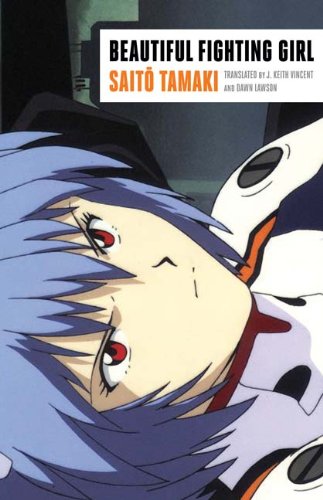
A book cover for Beautiful Fighting Girl; Saito Tamaki; Comics & Graphic Novels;